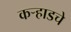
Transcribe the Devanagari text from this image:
कर्‍हाडचे